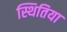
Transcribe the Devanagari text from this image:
स्थितिया